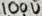
Text: 100U